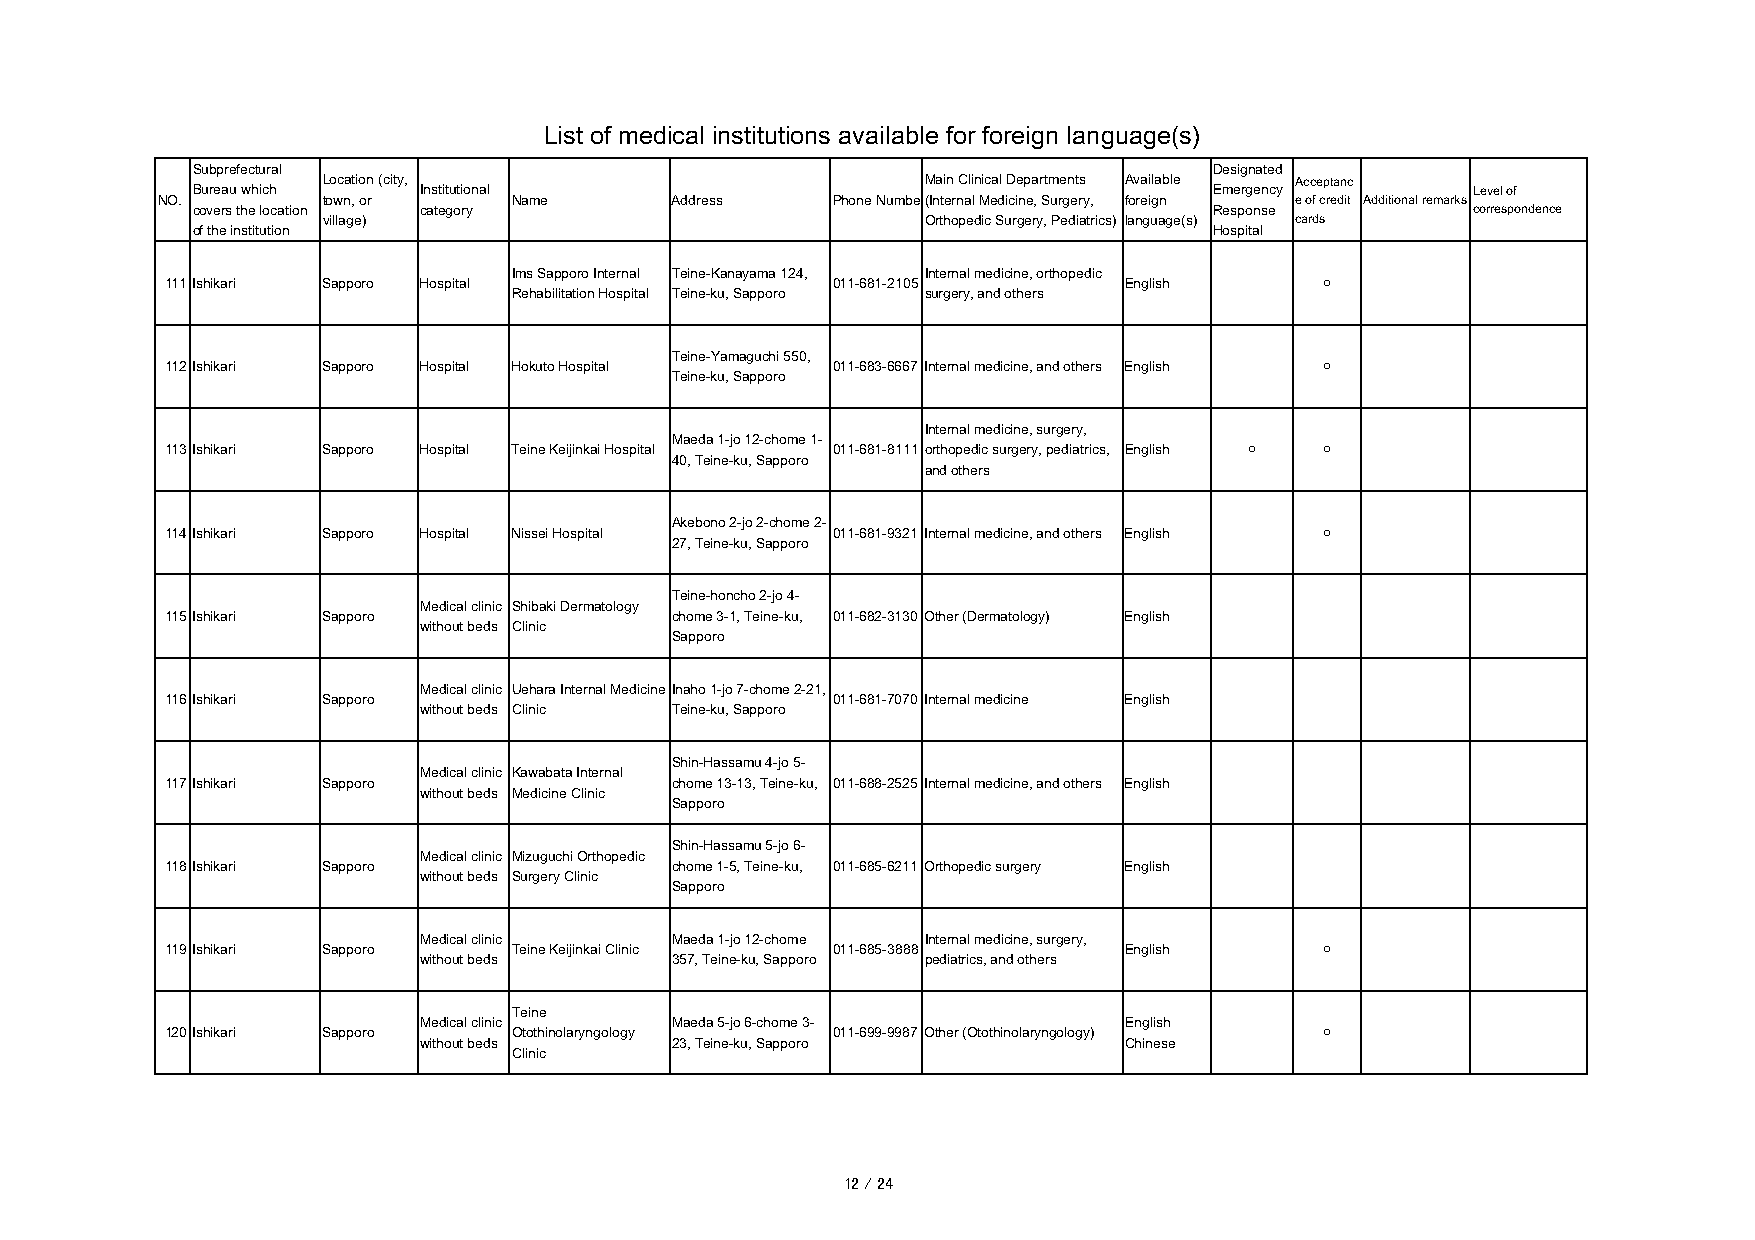
List of medical institutions available for foreign language(s)
 Subprefectural                                                     Designated
 Location (city,                         Main Clinical Departments Available Acceptanc
 Bureau which   Institutional                                       Emergency        Level of
 NO.        town, or     Name      Address    Phone Number(Internal Medicine, Surgery, foreign e of credit Additional remarks
 covers the location category                                       Response         correspondence
 village)                                Orthopedic Surgery, Pediatrics) language(s) cards
 of the institution                                                 Hospital
 Ims Sapporo Internal Teine-Kanayama 124, Internal medicine, orthopedic
 111Ishikari Sapporo Hospital                011-681-2105       English       ○
 Rehabilitation Hospital Teine-ku, Sapporo surgery, and others
 Teine-Yamaguchi 550,
 112Ishikari Sapporo Hospital Hokuto Hospital 011-683-6667 Internal medicine, and others English ○
 Teine-ku, Sapporo
 Internal medicine, surgery,
 Maeda 1-jo 12-chome 1-
 113Ishikari Sapporo Hospital Teine Keijinkai Hospital 011-681-8111 orthopedic surgery, pediatrics, English ○ ○
 40, Teine-ku, Sapporo
 and others
 Akebono 2-jo 2-chome 2-
 114Ishikari Sapporo Hospital Nissei Hospital 011-681-9321 Internal medicine, and others English ○
 27, Teine-ku, Sapporo
 Teine-honcho 2-jo 4-
 Medical clinic Shibaki Dermatology
 115Ishikari Sapporo              chome 3-1, Teine-ku, 011-682-3130 Other (Dermatology) English
 without beds Clinic
 Sapporo
 Medical clinic Uehara Internal Medicine Inaho 1-jo 7-chome 2-21,
 116Ishikari Sapporo                         011-681-7070 Internal medicine English
 without beds Clinic Teine-ku, Sapporo
 Shin-Hassamu 4-jo 5-
 Medical clinic Kawabata Internal
 117Ishikari Sapporo              chome 13-13, Teine-ku, 011-688-2525 Internal medicine, and others English
 without beds Medicine Clinic
 Sapporo
 Shin-Hassamu 5-jo 6-
 Medical clinic Mizuguchi Orthopedic
 118Ishikari Sapporo              chome 1-5, Teine-ku, 011-685-6211 Orthopedic surgery English
 without beds Surgery Clinic
 Sapporo
 Medical clinic  Maeda 1-jo 12-chome Internal medicine, surgery,
 119Ishikari Sapporo    Teine Keijinkai Clinic 011-685-3888     English       ○
 without beds    357, Teine-ku, Sapporo pediatrics, and others
 Teine
 Medical clinic  Maeda 5-jo 6-chome 3-         English
 120Ishikari Sapporo    Otothinolaryngology  011-699-9987 Other (Otothinolaryngology) ○
 without beds    23, Teine-ku, Sapporo         Chinese
 Clinic
 12 / 24